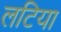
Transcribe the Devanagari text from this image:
लटिया